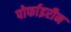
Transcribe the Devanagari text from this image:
पोर्फाइरीन